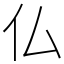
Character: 仏